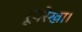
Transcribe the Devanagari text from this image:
रूपरेखा।